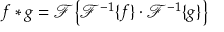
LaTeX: f * g = { \mathcal { F } } { \big \{ } { \mathcal { F } } ^ { - 1 } \{ f \} \cdot { \mathcal { F } } ^ { - 1 } \{ g \} { \big \} }